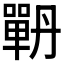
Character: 𭋉